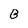
Character: B